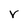
Character: v